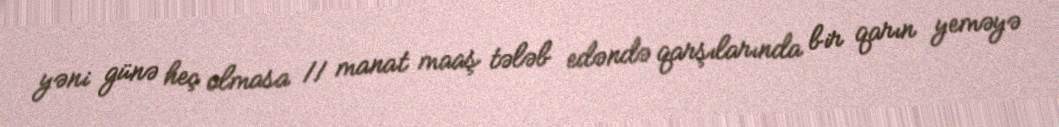
yəni günə heç olmasa 11 manat maaş tələb edəndə qarşılarında bir qarın yeməyə